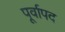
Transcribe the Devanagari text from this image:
पूर्वापद